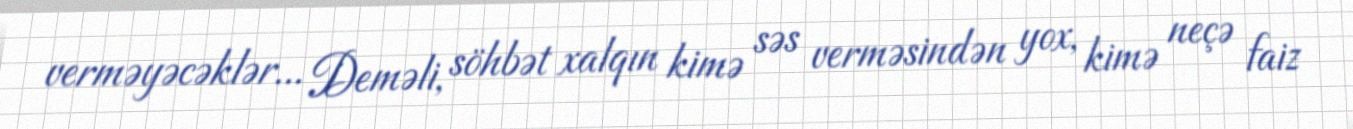
verməyəcəklər... Deməli, söhbət xalqın kimə səs verməsindən yox, kimə neçə faiz